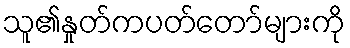
သူ၏နှုတ်ကပတ်တော်များကို